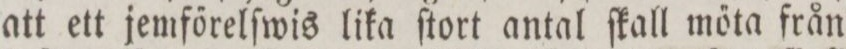
att ett jemfőrelſwis lika ſtort antal ſkall mőta från